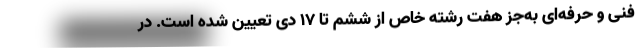
فنی‌ و حرفه‌ای به‌جز هفت رشته خاص از ششم تا ۱۷ دی تعیین شده است. در